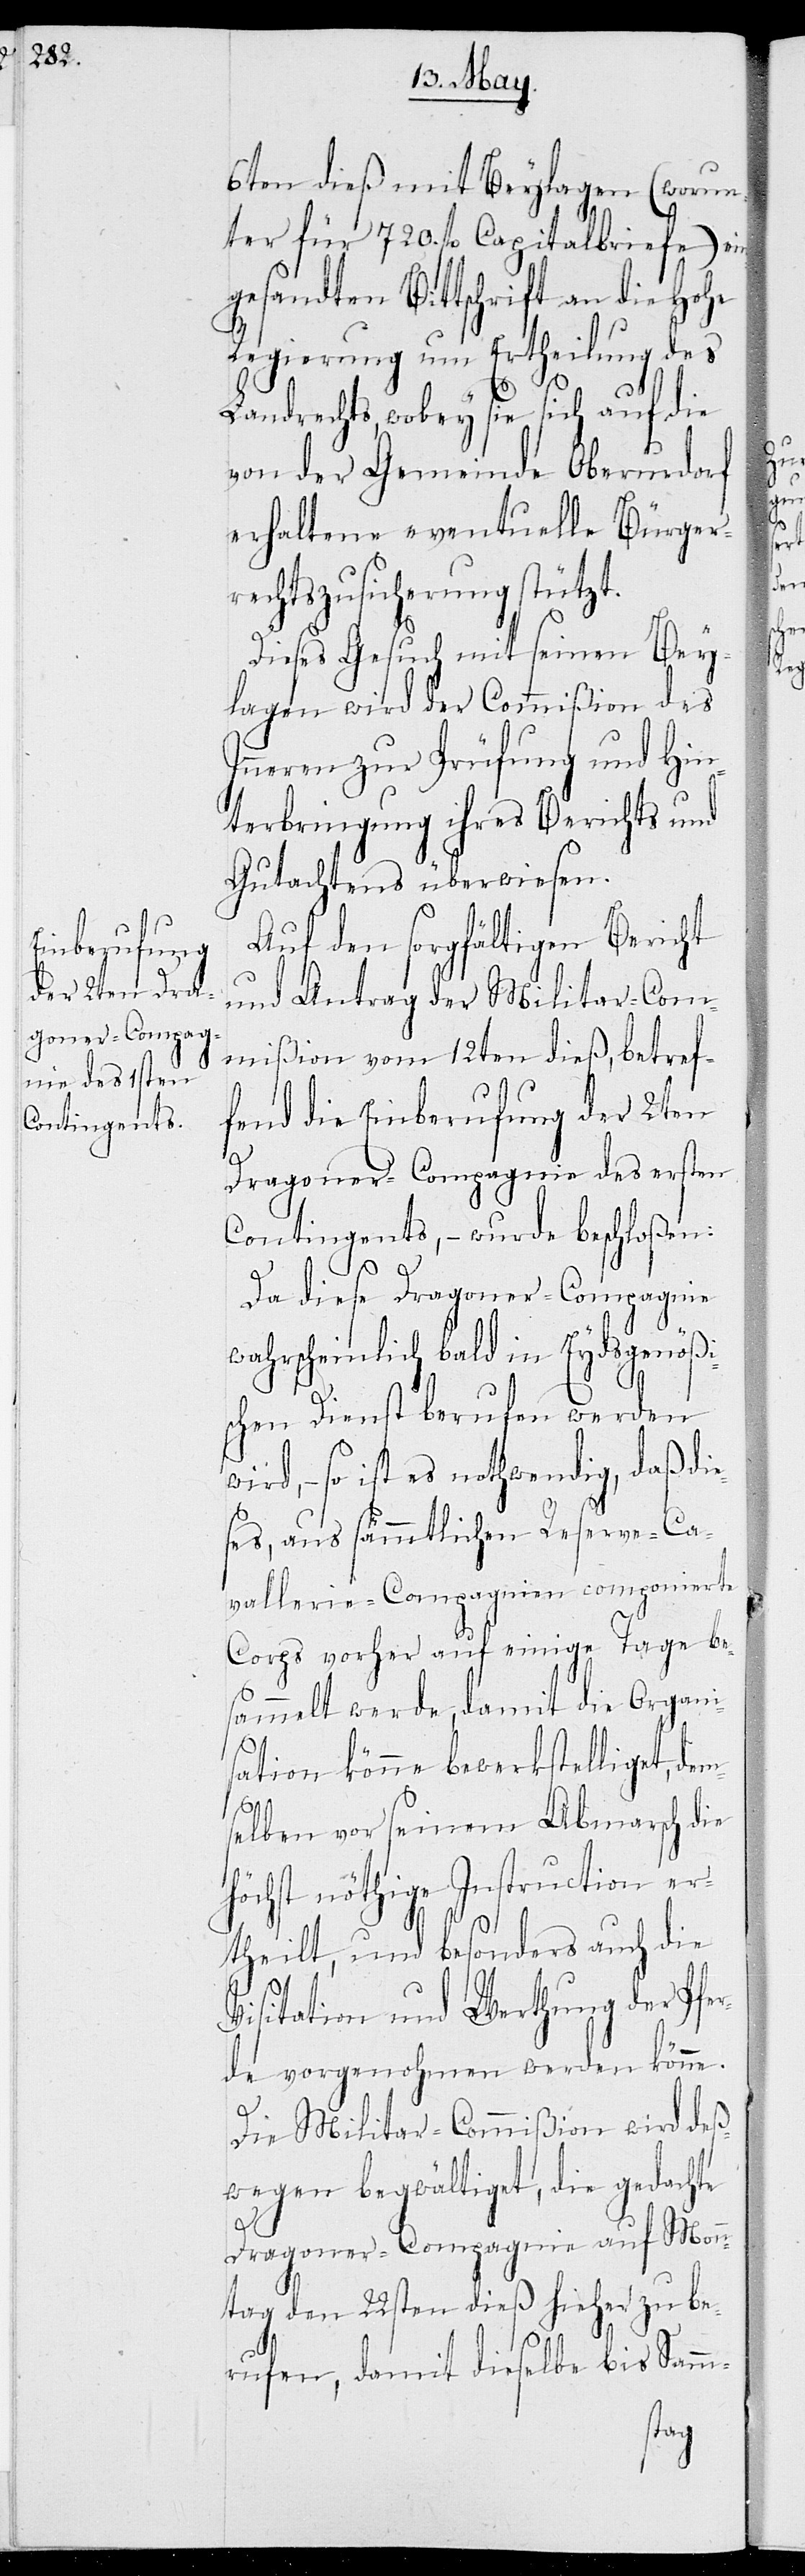
6ten dieß mit Beylagen (worun¬
ter für 720. fl Capitalbriefe) ein¬
gesandten Bittschrift an die Hohe
Regierung um Ertheilung des
Landrechts, wobey sie sich auf die
von der Gemeinde Oberurdorf
erhaltene eventuelle Bürger¬
rechtszusicherung stützt.
Dieses Gesuch mit seinen Bey¬
lagen wird der Commißion des
Inneren zur Prüfung und Hin¬
terbringung ihres Berichts und
Gutachtens überwiesen.
Auf den sorgfältigen Bericht
und Antrag der Militar-Com¬
mißion vom 12ten dieß, betref¬
fend die Einberufung der 2ten
Dragoner-Compagnie des ersten
Contingents, – wurde beschloßen:
Da diese Dragoner-Compagnie
wahrscheinlich bald in Eydsgenößi¬
schen Dienst berufen werden
– so ist es nothwendig, daß di¬
ses, aus sämmtlichen Reserve-Ca¬
vallerie-Compagnien componierte
Corps vorher auf einige Tage be¬
sammelt werde, damit die Organi¬
sation könne bewerkstelliget, de¬
ms¬
elben vor seinem Abmarsch die
höchst nöthige Instruction er¬
theilt, und besonders auch die
Visitation und Werthung der Pfer¬
de vorgenohmen werden könne.
Die Militar-Commißion wird deß¬
wegen begwältiget, die gedachte
Dragoner-Compagnie auf Mon¬
ntag den 22sten dieß hieher zu be¬
rufen, damit dieselbe bis Samm-

e¬